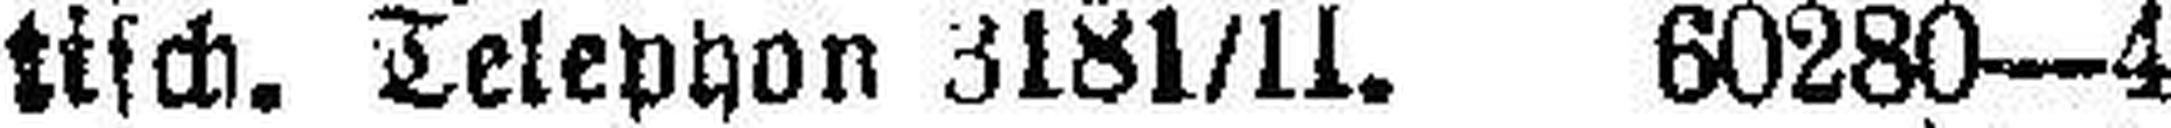
tisch. Telephon 3181/II. 60280—4